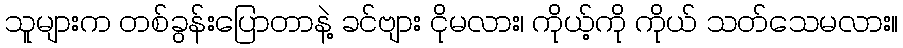
သူများက တစ်ခွန်းပြောတာနဲ့ ခင်ဗျား ငိုမလား၊ ကိုယ့်ကို ကိုယ် သတ်သေမလား။